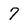
Character: 7